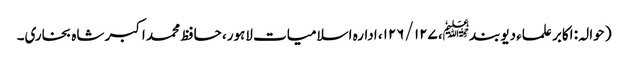
( حوالہ : اکابر علماء دیوبند﷭، ۱۲۷ /۱۲۶، ادارہ اسلامیات لاہور، حافظ محمد اکبر شاہ بخاری۔